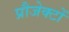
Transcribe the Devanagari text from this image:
प्रौजेक्टों